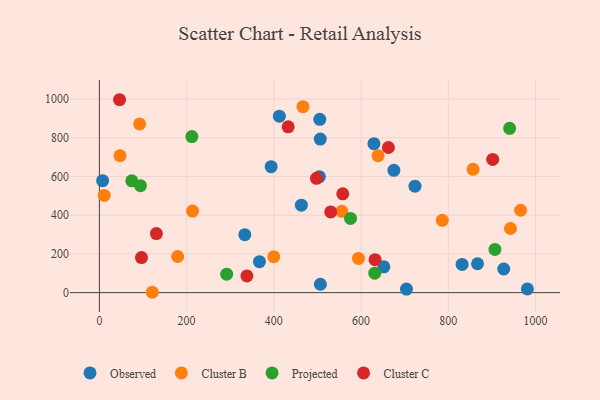
{"axis": {"x": "Engine Size", "y": "Salary"}, "legend": ["Cluster B", "Cluster C", "Observed", "Projected"], "data": [{"x": "652.2", "y": 133.6, "type": "Observed"}, {"x": "393.8", "y": 650.7, "type": "Observed"}, {"x": "723.6", "y": 550.1, "type": "Observed"}, {"x": "675.2", "y": 632.0, "type": "Observed"}, {"x": "367.0", "y": 160.1, "type": "Observed"}, {"x": "506.4", "y": 793.1, "type": "Observed"}, {"x": "629.5", "y": 769.4, "type": "Observed"}, {"x": "927.1", "y": 122.2, "type": "Observed"}, {"x": "463.1", "y": 452.0, "type": "Observed"}, {"x": "704.1", "y": 18.4, "type": "Observed"}, {"x": "867.0", "y": 149.2, "type": "Observed"}, {"x": "506.7", "y": 43.4, "type": "Observed"}, {"x": "333.4", "y": 299.2, "type": "Observed"}, {"x": "7.4", "y": 578.2, "type": "Observed"}, {"x": "505.3", "y": 895.2, "type": "Observed"}, {"x": "981.3", "y": 19.3, "type": "Observed"}, {"x": "831.6", "y": 145.8, "type": "Observed"}, {"x": "504.3", "y": 599.1, "type": "Observed"}, {"x": "412.6", "y": 911.4, "type": "Observed"}, {"x": "466.8", "y": 960.5, "type": "Cluster B"}, {"x": "121.3", "y": 1.9, "type": "Cluster B"}, {"x": "555.7", "y": 420.0, "type": "Cluster B"}, {"x": "942.5", "y": 331.4, "type": "Cluster B"}, {"x": "213.6", "y": 421.4, "type": "Cluster B"}, {"x": "786.2", "y": 373.5, "type": "Cluster B"}, {"x": "594.1", "y": 176.6, "type": "Cluster B"}, {"x": "92.2", "y": 871.3, "type": "Cluster B"}, {"x": "179.5", "y": 186.6, "type": "Cluster B"}, {"x": "856.8", "y": 636.9, "type": "Cluster B"}, {"x": "965.8", "y": 425.7, "type": "Cluster B"}, {"x": "11.1", "y": 502.1, "type": "Cluster B"}, {"x": "639.0", "y": 707.5, "type": "Cluster B"}, {"x": "47.3", "y": 707.1, "type": "Cluster B"}, {"x": "399.8", "y": 185.5, "type": "Cluster B"}, {"x": "940.6", "y": 848.8, "type": "Projected"}, {"x": "631.4", "y": 100.4, "type": "Projected"}, {"x": "575.8", "y": 383.6, "type": "Projected"}, {"x": "291.8", "y": 95.6, "type": "Projected"}, {"x": "74.2", "y": 577.4, "type": "Projected"}, {"x": "906.9", "y": 223.4, "type": "Projected"}, {"x": "212.0", "y": 806.1, "type": "Projected"}, {"x": "94.2", "y": 552.5, "type": "Projected"}, {"x": "558.0", "y": 510.2, "type": "Cluster C"}, {"x": "432.8", "y": 856.5, "type": "Cluster C"}, {"x": "632.0", "y": 170.5, "type": "Cluster C"}, {"x": "530.4", "y": 416.9, "type": "Cluster C"}, {"x": "338.3", "y": 86.1, "type": "Cluster C"}, {"x": "497.8", "y": 590.7, "type": "Cluster C"}, {"x": "96.5", "y": 181.3, "type": "Cluster C"}, {"x": "130.7", "y": 305.3, "type": "Cluster C"}, {"x": "46.2", "y": 996.5, "type": "Cluster C"}, {"x": "901.8", "y": 688.3, "type": "Cluster C"}, {"x": "662.7", "y": 749.8, "type": "Cluster C"}]}